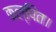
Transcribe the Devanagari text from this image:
कल्पित।